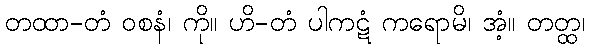
တထာ-တံ ဝစနံ၊ ကို။ ဟိ-တံ ပါကဋံ ကရောမိ၊ အံ့။ တတ္ထ၊